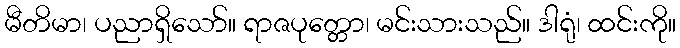
မီတိမာ၊ ပညာရှိသော်။ ရာဇပုတ္တော၊ မင်းသားသည်။ ဒါရုံ၊ ထင်းကို။